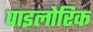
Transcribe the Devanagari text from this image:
पाइलोरिक